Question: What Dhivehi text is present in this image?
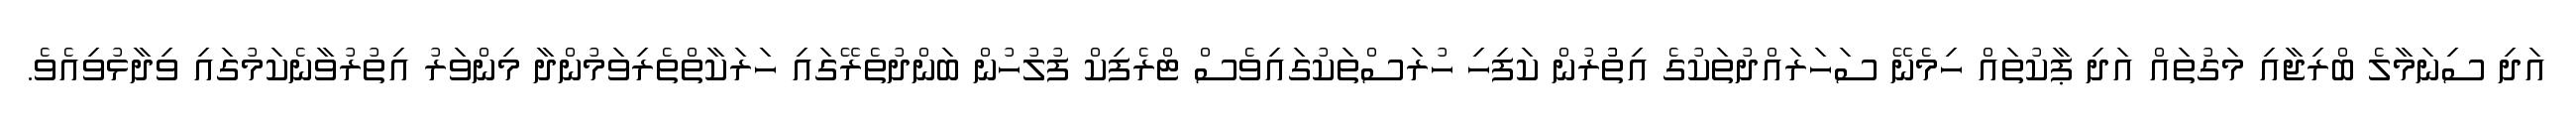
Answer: އަދި ސިނަމާލެ ބްރިޖާއި މަގުތައް އަދި ޕާކުތައް ހިމެނޭ ސަހަރައްދުތަކުގެ އިތުުރުން ކަފިހި ހުރަސްތަކުގައިވެސް ޓްރެފިކް ފުލުހުން ބަންދުތެރޭގައި ހަރަކާތްތެރިވަމުންދާ މިންވަރު އިތުރުވާނެކަމުގައި ވިދާޅުވިއެވެ.